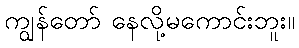
ကျွန်တော် နေလို့မကောင်းဘူး။